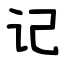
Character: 记